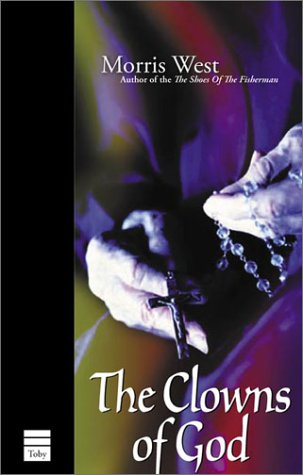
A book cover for The Clowns of God; Morris L. West; Religion & Spirituality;